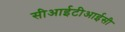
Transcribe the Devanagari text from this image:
सीआईटीआईसी